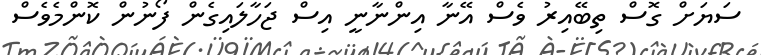
ސަޔަށް ގޮސް ތިބޭއިރު ވެސް އޭނާ އިންނާނީ އިސް ޖަހާލައިގެން ފޯނުން ކޮންމެވެސް